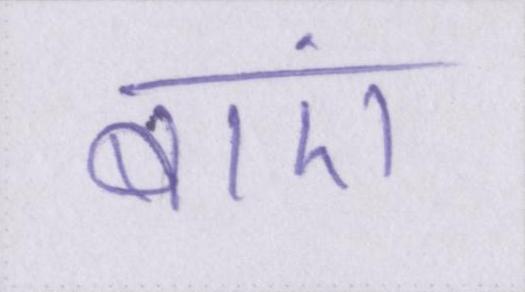
बाएं